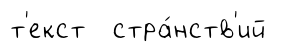
т'екст стра́нств'ий